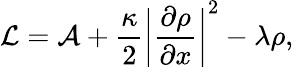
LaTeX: \mathcal{L}=\mathcal{A}+\frac{\kappa}{2}{\bigg\lvert\frac{\partial\rho}{\partial x}\bigg\lvert}^{2}-\lambda\rho,